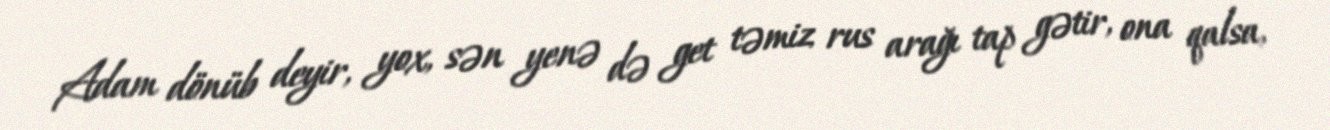
Adam dönüb deyir, yox, sən yenə də get təmiz rus arağı tap gətir, ona qalsa,